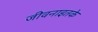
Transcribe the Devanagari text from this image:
जीवनाइतके